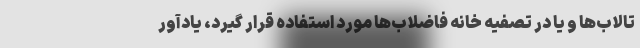
تالاب‌ها و یا در تصفیه خانه فاضلاب‌ها مورد استفاده قرار گیرد، یادآور